Scottish Leaving Certificate Examination, 1958
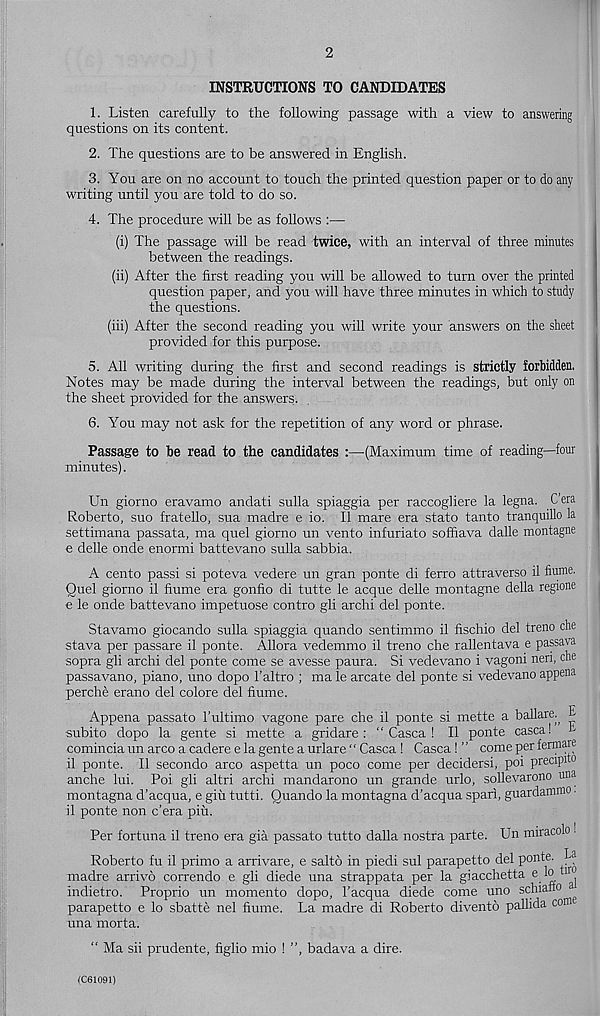
2
INSTRUCTIONS TO CANDIDATES
1. Listen carefully to the following passage with a view to answering
questions on its content.
2. The questions are to be answered in English.
3. You are on no account to touch the printed question paper or to do any
writing until you are told to do so.
4. The procedure will be as follows :—
(i) The passage will be read twice, with an interval of three minutes
between the readings.
(ii) After the first reading you will be allowed to turn over the printed
question paper, and you will have three minutes in which to study
the questions.
(iii) After the second reading you will write your answers on the sheet
provided for this purpose.
5. All writing during the first and second readings is strictly forbidden.
Notes may be made during the interval between the readings, but only on
the sheet provided for the answers.
6. You may not ask for the repetition of any word or phrase.
Passage to be read to the candidates :—(Maximum time of reading—four
minutes).
Un giorno eravamo andati sulla spiaggia per raccogliere la legna. Cera
Roberto, suo fratello, sua madre e io. II mare era stato tanto tranquillo la
settimana passata, ma quel giorno un vento infuriate soffiava dalle montagne
e delle onde enormi battevano sulla sabbia.
A cento passi si poteva vedere un gran ponte di ferro attraverso il flume.
Quel giorno il flume era gonfio di tutte le acque delle montagne della regione
e le onde battevano impetuose contro gli archi del ponte.
Stavamo giocando sulla spiaggia quando sentimmo il fischio del treno che
stava per passare il ponte. Allora vedemmo il treno che rallentava e passava
sopra gli archi del ponte come se avesse paura. Si vedevano i vagoni nen, one
passavano, piano, uno dopo 1’altro ; ma le arcate del ponte si vedevano appena
perche erano del colore del fiume.
Appena passato I’ultimo vagone pare che il ponte si mette a ballare.^ E
subito dopo la gente si mette a gridare : “ Casca ! Il ponte casca! E
comincia un arco a cadere e la gente a urlare “ Casca ! Casca! ” come per fermare
il ponte. Il secondo arco aspetta un poco come per decidersi, poi precipiM
anche lui. Poi gli altri archi mandarono un grande urlo, sollevarono una
montagna d'acqua, e giu tutti. Ouando la montagna d’acqua spari, guardammo.
il ponte non e’era piu.
Per fortuna il treno era gia passato tutto dalla nostra parte. Un miracolo !
Roberto fu il primo a arrivare, e salto in piedi sul parapetto del ponte. La
madre arrive correndo e gli diede una strappata per la giacchetta e lo ^
indietro. Proprio un momento dopo, 1’acqua diede come uno schiaflo
parapetto e lo sbatte nel fiume. La madre di Roberto divento pallida corn
una morta.
“ Ma sii prudente, figlio mio ! ”, badava a dire.
(C61091)